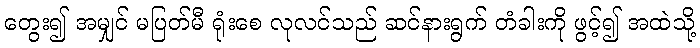
တွေး၍ အမျှင် မပြတ်မီ ရုံးစေ လုလင်သည် ဆင်နားရွက် တံခါးကို ဖွင့်၍ အထဲသို့